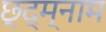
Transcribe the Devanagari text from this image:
छ्द्म्नाम